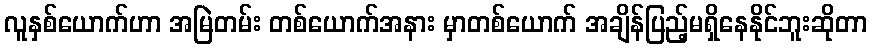
လူနှစ်ယောက်ဟာ အမြဲတမ်း တစ်ယောက်အနား မှာတစ်ယောက် အချိန်ပြည့်မရှိနေနိုင်ဘူးဆိုတာ